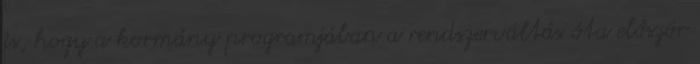
is, hogy a kormány programjában a rendszerváltás óta először